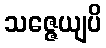
သဇ္ဇေယျပိ